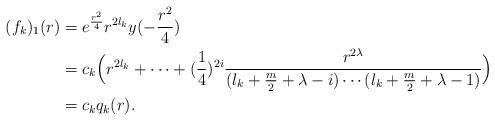
LaTeX: \begin{align*}(f_k)_1(r)&=e^{\frac{r^2}{4}}r^{2l_k}y(-\frac{r^2}{4})\\&=c_k\Big(r^{2l_k}+\cdots+(\frac{1}{4})^{2i}\frac{r^{2\lambda}}{(l_k+\frac{m}{2}+\lambda-i)\cdots(l_k+\frac{m}{2}+\lambda-1)}\Big)\\&=c_k q_k(r).\end{align*}